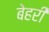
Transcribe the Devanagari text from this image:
बेहरी